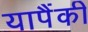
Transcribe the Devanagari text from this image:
यापैंकी